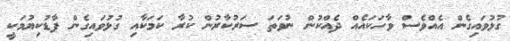
ގުޅުވައިގެން އެއްވެސް ވާހަކައެއް ދެއްކުން ނުވަތަ ސަރުކާރުން ކުރާ ކަމަކާއި ގުޅުވައިގެން ފާޑުކިޔުމަކީ